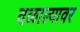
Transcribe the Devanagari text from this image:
वळाल्यावर